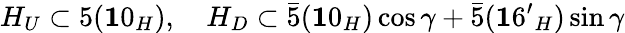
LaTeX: H_{U}\subset 5({\mathbf 10}_{H}),\quad H_{D}\subset\bar{5}({\mathbf 10}_{H})\cos\gamma+\bar{5}({\mathbf 16^{\prime}}_{H})\sin\gamma